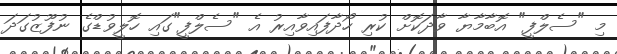
މި "ސެލްފީ" އޮބާމާޔާ ވާދަކޮށް ކުރި ހޯދާފައިވާއިރު އެ "ސެލްފީ"ގައި ހޮލީވުޑްގެ ނުފޫޒުގަދަ